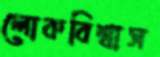
লোকবিশ্বাস